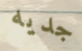
جديه